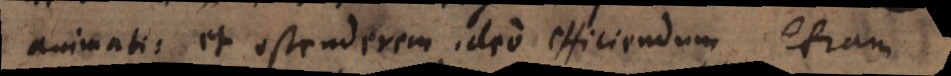
animati: et ostenderem ideo efficiendum etiam,